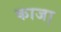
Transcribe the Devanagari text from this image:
काजा़